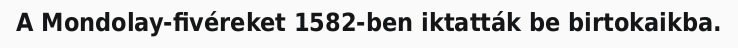
A Mondolay-fivéreket 1582-ben iktatták be birtokaikba.